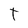
Character: t